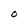
Character: O